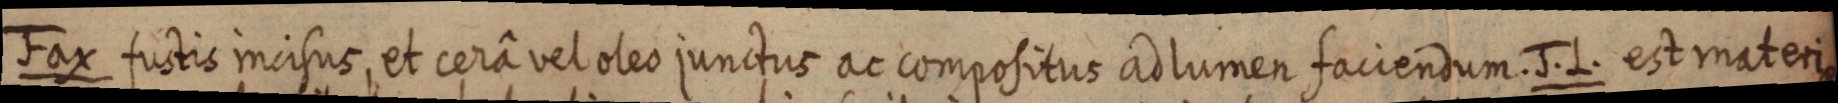
Fax fustis incisus, et cerâ vel oles junctus ac compositus ad lumen faciendum. J. L. est materia